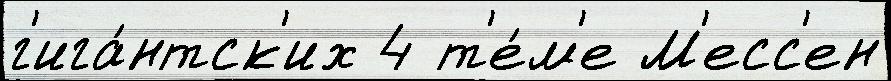
г'ига́нтск'их 4 т'е́м'е М'есс'ен